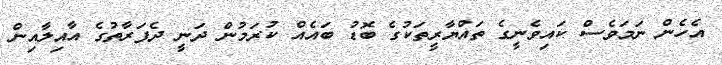
އެހެން ނަމަވެސް ކައިވެނީގެ ތައްޔާރީތަކުގެ ބޮޑު ބައެއް ކުރަމުން ދަނީ ދެފަރާތުގެ އާއިލާއިން